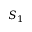
S _ { 1 }